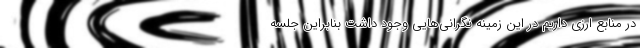
در منابع ارزی داریم در این زمینه نگرانی‌هایی وجود داشت بنابراین جلسه